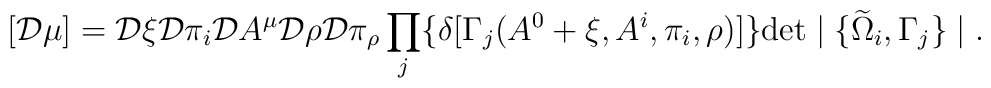
[{\cal D} \mu] = {\cal D} \xi                 {\cal D} \pi_i                 {\cal D} A^\mu                {\cal D} \rho                {\cal D} \pi_\rho                \prod_j               \{ \delta[ \Gamma_j (A^0+\xi, A^i, \pi_i, \rho) ] \}               \mbox{det} \mid \{\widetilde{\Omega}_i, \Gamma_j \} \mid.